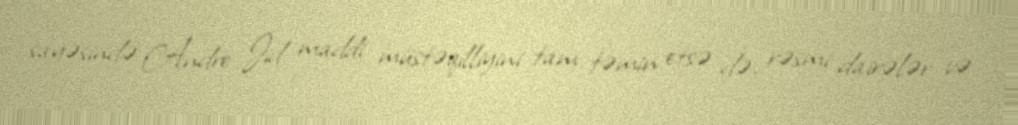
sayəsində Andre Jid maddi müstəqilliyini tam təmin etsə də, rəsmi dairələr və